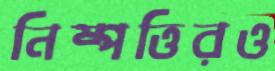
নিষ্পত্তিরও